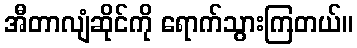
အီတာလျံဆိုင်ကို ရောက်သွားကြတယ်။